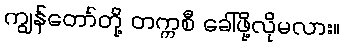
ကျွန်တော်တို့ တက္ကစီ ခေါ်ဖို့လိုမလား။